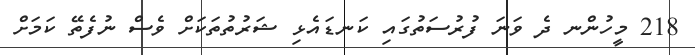
218 މީހުންނ ދެ ވަނަ ފުރުސަތުގައި ކަނޑައެޅި ޝަރުތުތަކަށް ވެސް ނުފެތޭ ކަމަށް